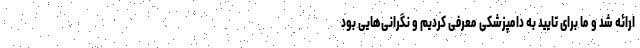
ارائه شد و ما برای تایید به دامپزشکی معرفی ‌کردیم و نگرانی‌هایی بود